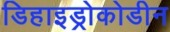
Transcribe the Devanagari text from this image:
डिहाइड्रोकोडीन